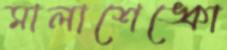
মালাশেঙ্কো